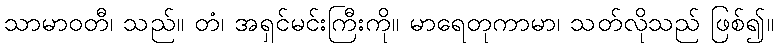
သာမာဝတီ၊ သည်။ တံ၊ အရှင်မင်းကြီးကို။ မာရေတုကာမာ၊ သတ်လိုသည် ဖြစ်၍။